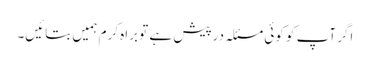
اگر آپ کو کوئی مسئلہ درپیش ہے تو براہ کرم ہمیں بتائیں۔